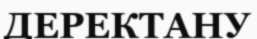
ДЕРЕКТАНУ